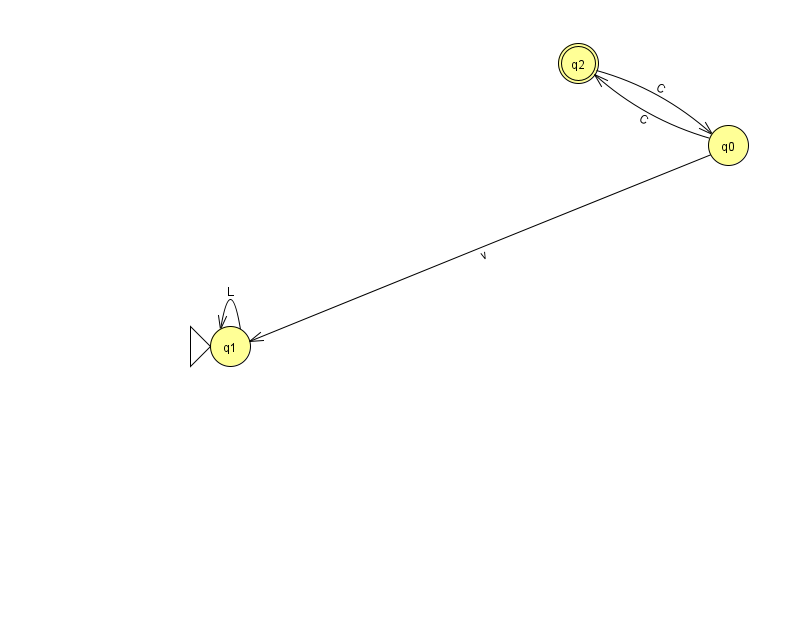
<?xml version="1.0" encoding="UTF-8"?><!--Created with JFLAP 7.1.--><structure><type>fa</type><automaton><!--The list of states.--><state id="0" name="q0"><x>728.0</x><y>132.0</y></state><state id="1" name="q1"><x>230.0</x><y>333.0</y><initial/></state><state id="2" name="q2"><x>578.0</x><y>50.0</y><final/></state><!--The list of transitions.--><transition><from>0</from><to>1</to><read>v</read></transition><transition><from>0</from><to>2</to><read>C</read></transition><transition><from>2</from><to>0</to><read>C</read></transition><transition><from>1</from><to>1</to><read>L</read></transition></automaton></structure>